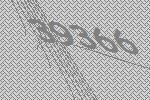
39366